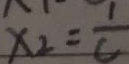
x _ { 2 } = \frac { 1 } { C }